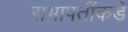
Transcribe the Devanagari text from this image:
सभापतींकडे